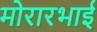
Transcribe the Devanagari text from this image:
मोरारभाई